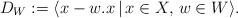
\begin{align*} D_W:=\langle x-w.x \, | \, x\in X, \, w\in W\rangle.\end{align*}